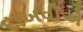
દાખવીએ